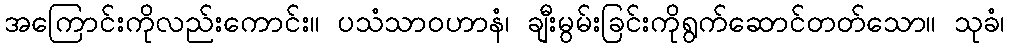
အကြောင်းကိုလည်းကောင်း။ ပသံသာဝဟာနံ၊ ချီးမွမ်းခြင်းကိုရွက်ဆောင်တတ်သော။ သုခံ၊